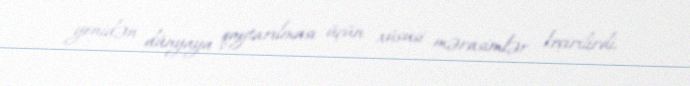
yenidən dünyaya qaytarılması üçün xüsusi mərasimlər keçirilirdi.